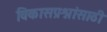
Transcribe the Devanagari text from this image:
विकासप्रश्नांसाठी